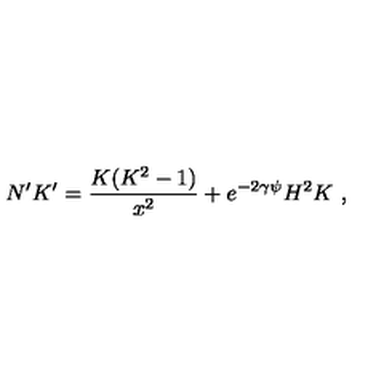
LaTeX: N ^ { \prime } K ^ { \prime } = \frac { K ( K ^ { 2 } - 1 ) } { x ^ { 2 } } + e ^ { - 2 \gamma \psi } H ^ { 2 } K \ ,